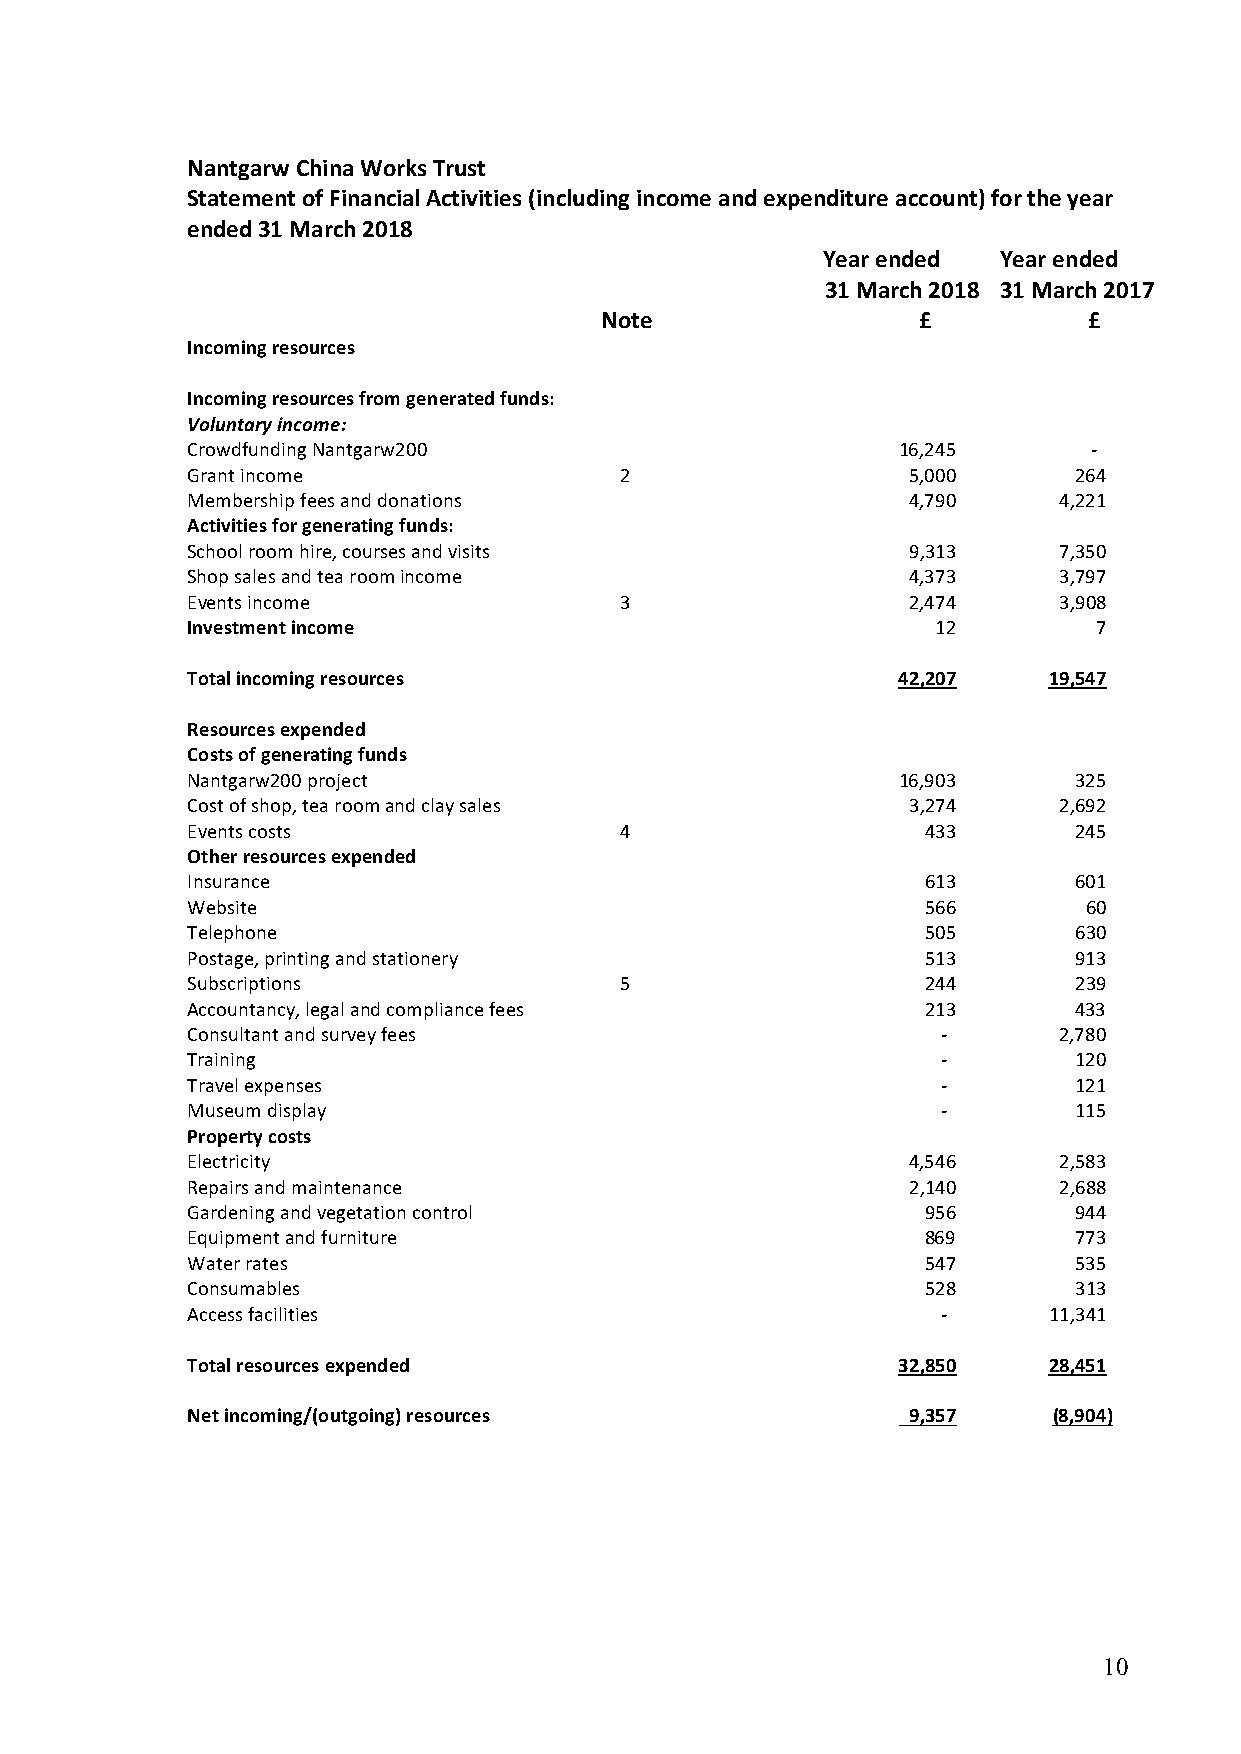
Nantgarw China Works Trust
 Statement of Financial Activities (including income and expenditure account) for the year
 ended 31 March 2018
 Year ended  Year ended
 31 March 2018 31 March 2017
 Note                 £          £
 Incoming resources
 Incoming resources from generated funds:
 Voluntary income:
 Crowdfunding Nantgarw200                       16,245       -
 Grant income                 2                  5,000      264
 Membership fees and donations                   4,790     4,221
 Activities for generating funds:
 School room hire, courses and visits            9,313     7,350
 Shop sales and tea room income                  4,373     3,797
 Events income                3                  2,474     3,908
 Investment income                                 12         7
 Total incoming resources                       42,207    19,547
 Resources expended
 Costs of generating funds
 Nantgarw200 project                            16,903      325
 Cost of shop, tea room and clay sales           3,274     2,692
 Events costs                 4                   433       245
 Other resources expended
 Insurance                                        613       601
 Website                                          566        60
 Telephone                                        505       630
 Postage, printing and stationery                 513       913
 Subscriptions                5                   244       239
 Accountancy, legal and compliance fees           213       433
 Consultant and survey fees                        -       2,780
 Training                                          -        120
 Travel expenses                                   -        121
 Museum display                                    -        115
 Property costs
 Electricity                                     4,546     2,583
 Repairs and maintenance                         2,140     2,688
 Gardening and vegetation control                 956       944
 Equipment and furniture                          869       773
 Water rates                                      547       535
 Consumables                                      528       313
 Access facilities                                 -      11,341
 Total resources expended                       32,850    28,451
 Net incoming/(outgoing) resources               9,357     (8,904)
 10